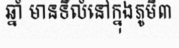
ឆ្នាំ មានទីលំនៅក្នុងភូមិ៣